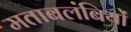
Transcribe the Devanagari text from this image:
मताबलंबियों